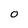
Character: O